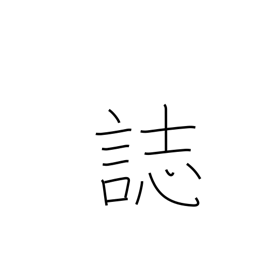
Meaning: records